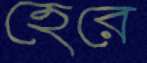
হেরে